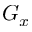
G _ { x }